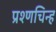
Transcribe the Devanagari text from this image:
प्रश्णचिन्ह